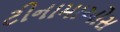
ટીનામાઓસ